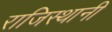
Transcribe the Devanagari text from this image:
राजिस्थानी